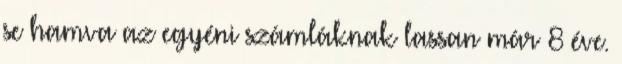
se hamva az egyéni számláknak lassan már 8 éve.